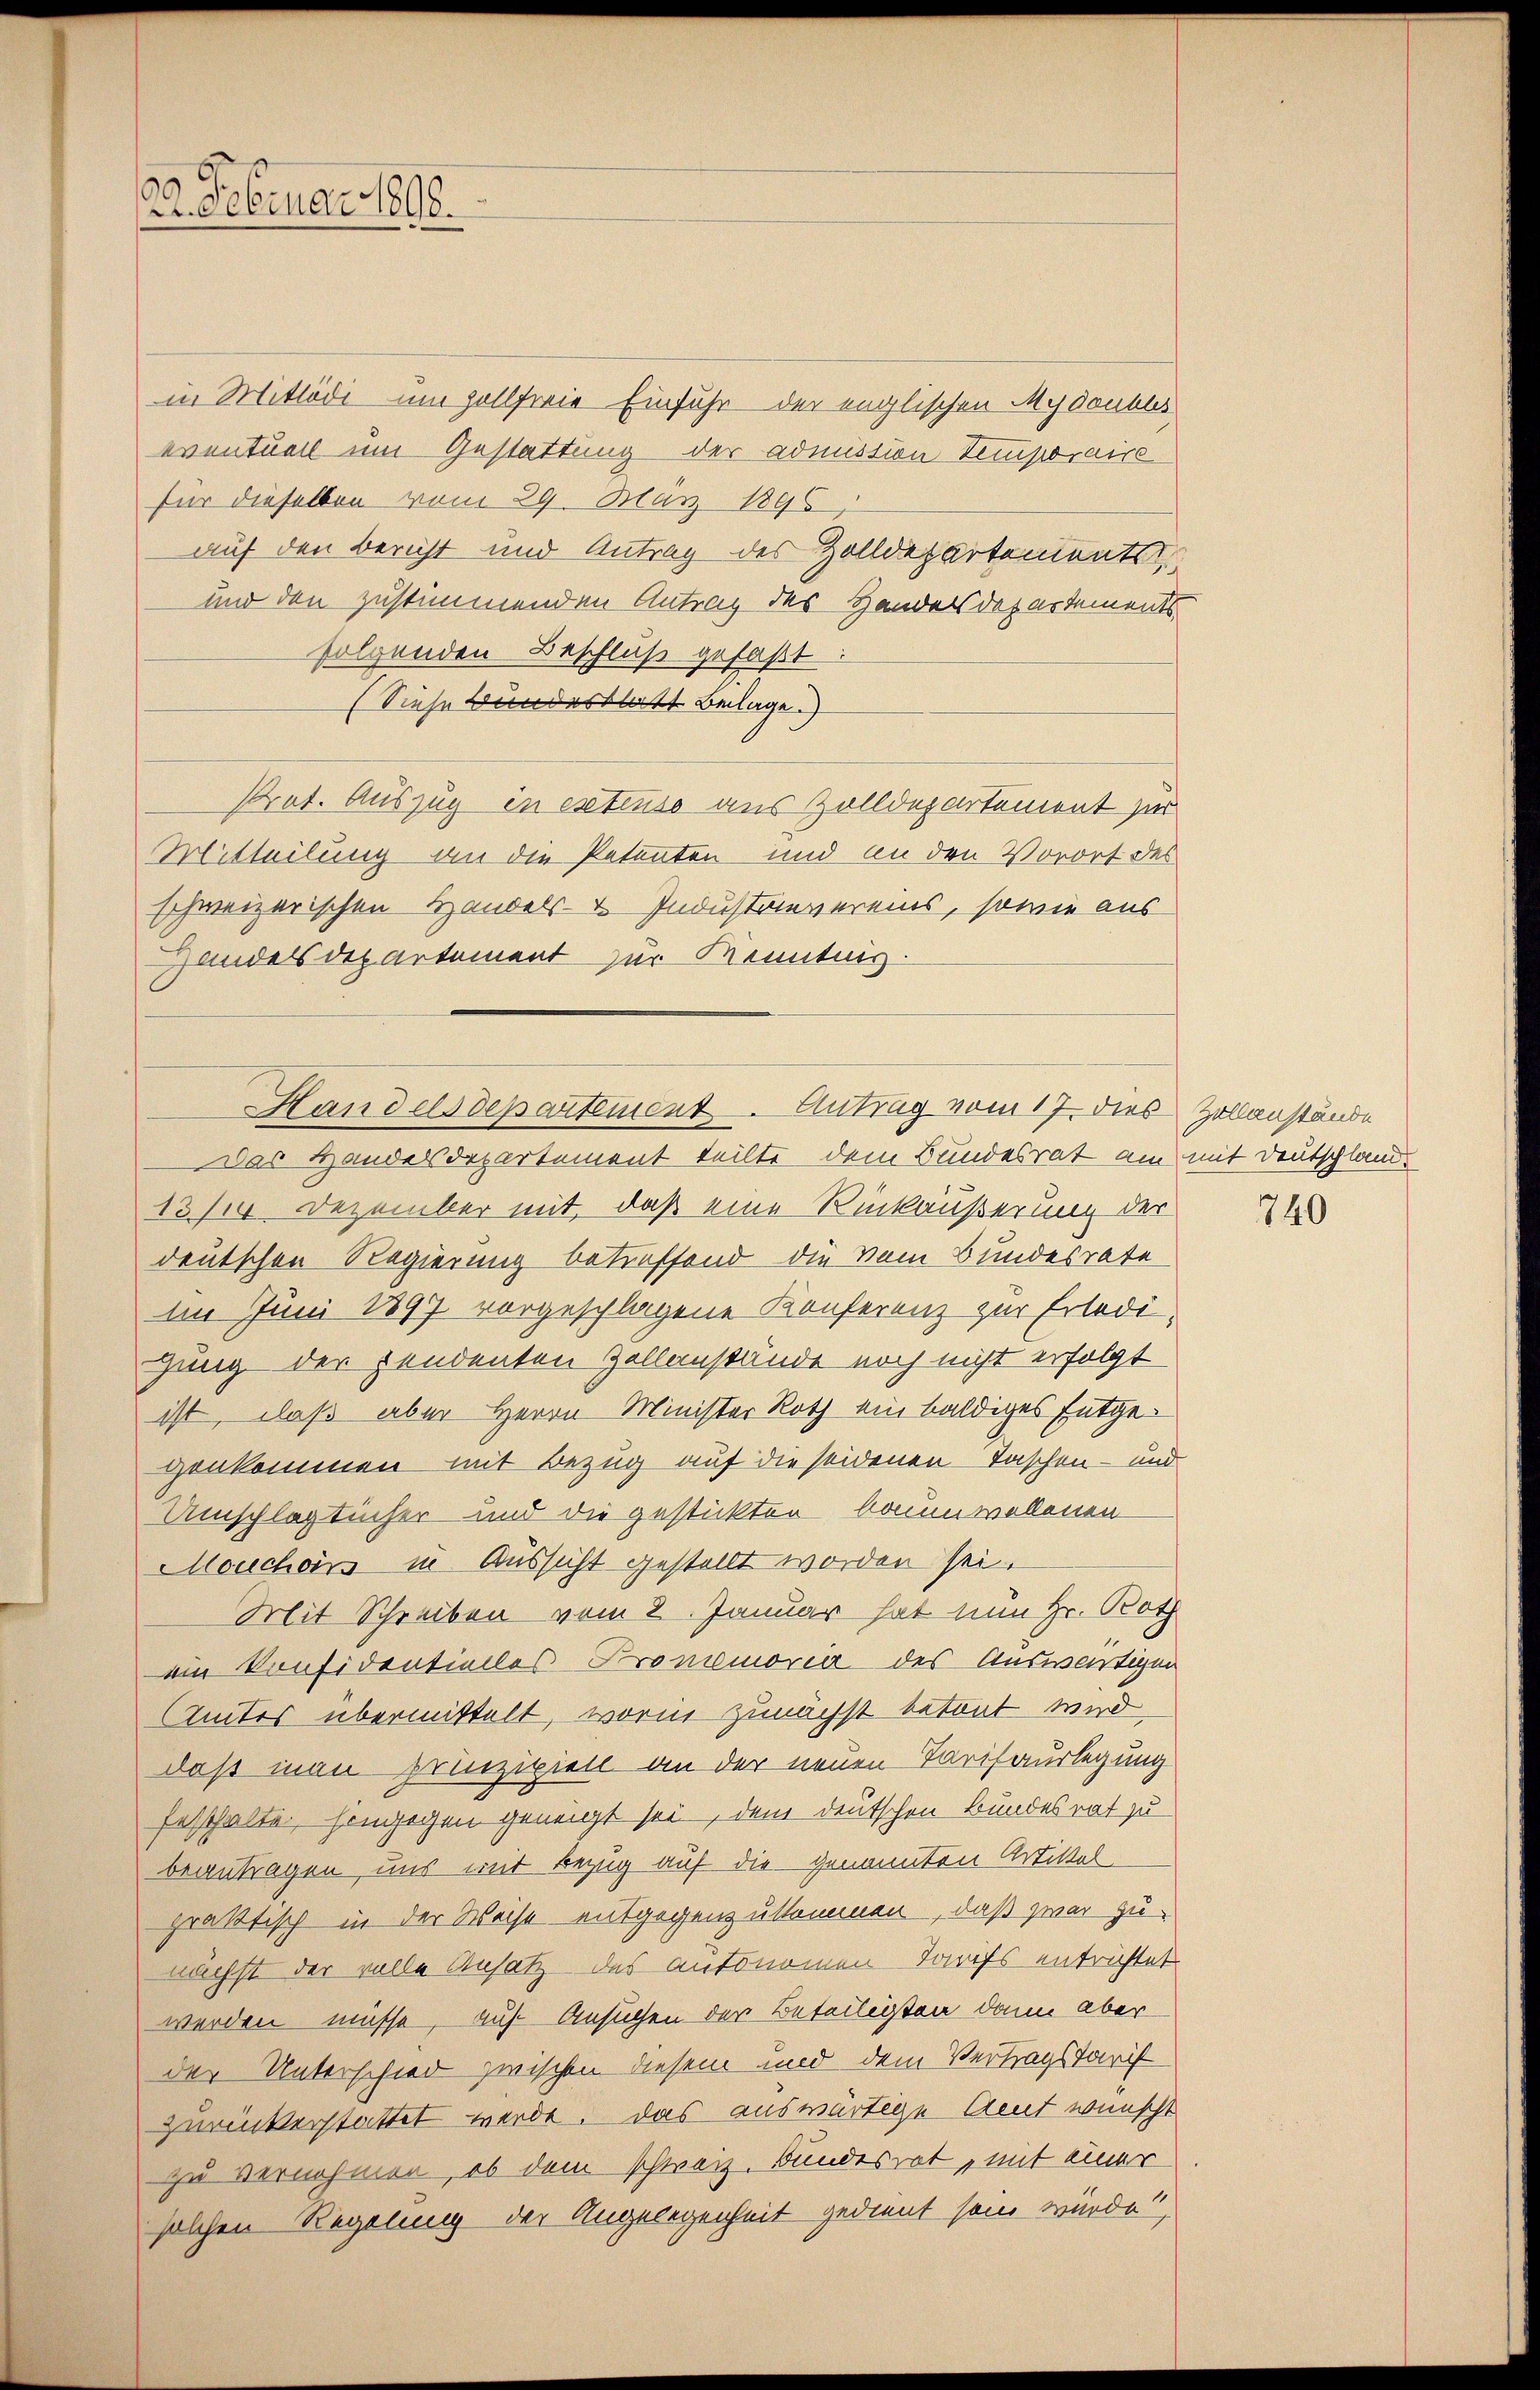
22. Februar 1898.

in Mitlödi um Zollferie Einfuhr der englischen Mydoubus
eventuell um Gestattung der admission Temporaire
für dieselben vom 29. März 1896,
auf den Bericht und Antrag der Zolldepartements
und den zustimmenden Antrag des Handelsdepartements
folgenden Beschluß gefaßt:
(Siehe Bundesblatt Beilage.)
Pret. Auszug in extenso aus Zolldepartement zur
Mitteilung an die Petenten und an den Vorort des
schweizerischen Handels- & Industrienvereins, sowie aus
Handel departement zur Kenntnis.
Das Handelsdepartement teilte dem Bundesrat am mit Deutschland.
13/14. Dezember mit, daß eine Rückäußerung der
deutschen Regierung betreffend die vom Bundesrate
Im Juni 1897 vorgeschlagene Konferenz zur Erledigung der pendenten Zollanstände noch nicht erfolgt
ist, daß aber Herrn Minister Roth ein baldiges Entgegenkommen mit Bezug auf die seidenen Taschen- und
Umschlag tücher und die gestickten baumwollenen
Mouchon in Aussicht gestellt worden sei.
Mit Schreiben vom 2. Januar hat nun Hr. Botz
ein Konfidentielles Promemoria des Auswärtigen
Amtes übermittelt, worin zunächst betont wird
daß man prinzipiell an der neuen Tarisauslegung
festhalte, hingegen geneigt sei, dem deutschen Bundesrat zu
beantragen uns mit Bezug auf die genannten Artikel-
praktisch in der Weise entgegenzukommen, daß zwar zu
nächst der volle Ansatz des autonomen Soifs entrichtet
werden müsse, auf Ansuchen der Beteiligten dann aber
der Unterschied zwischen diesem und dem Vertragstarif
zurückerstattet werde. Das auswärtige Amnt wünscht
zu vernehmen, ob dem schweiz. Bundesrat, mit einer
solchen Regelung der Angelegenheit gedient sein würde?

Handelsdepartement. Antrag vom 17. dies Zollanstände

740